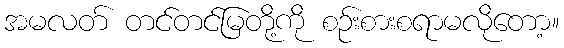
အမလတ် တင်တင်မြတို့ကို စဉ်းစားစရာမလိုတော့။